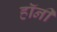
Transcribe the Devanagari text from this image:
हॉनी